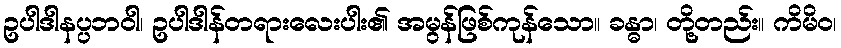
ဥပါဒါနပ္ပဘဝါ၊ ဥပါဒါန်တရားလေးပါး၏ အမွန်ဖြစ်ကုန်သော။ ခန္ဓာ၊ တို့တည်း။ ကိမိဝ၊